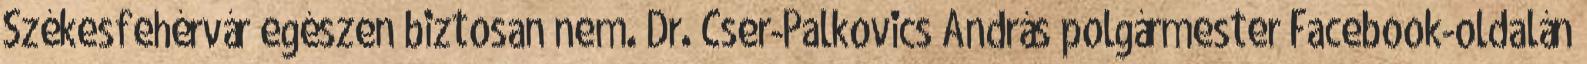
Székesfehérvár egészen biztosan nem. Dr. Cser-Palkovics András polgármester Facebook-oldalán